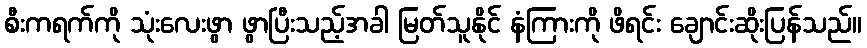
စီးကရက်ကို သုံးလေးဖွာ ဖွာပြီးသည့်အခါ မြတ်သူနိုင် နံကြားကို ဖိရင်း ချောင်းဆိုးပြန်သည်။